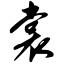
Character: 裳